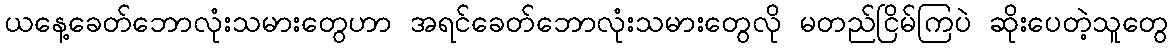
ယနေ့ခေတ်ဘောလုံးသမားတွေဟာ အရင်ခေတ်ဘောလုံးသမားတွေလို မတည်ငြိမ်ကြပဲ ဆိုးပေတဲ့သူတွေ